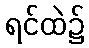
ရင်ထဲ၌